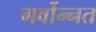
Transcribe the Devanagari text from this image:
गर्वोन्‍नत